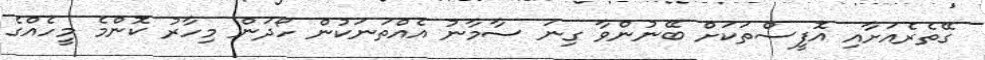
ގޭތެރެއަށާއި އޮފީސްތަކަށް ބޭނުންވާ ގިނަ ސާމާނު އެއްތަނަކުން ހޯދަން މިހާރު ކޮންމެ މީހެއްގެ